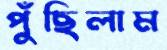
পুঁছিলাম